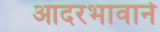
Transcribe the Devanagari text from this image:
आदरभावाने